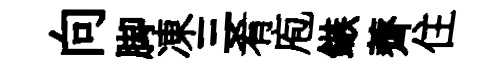
向脚凍三肴庖鏃薺住